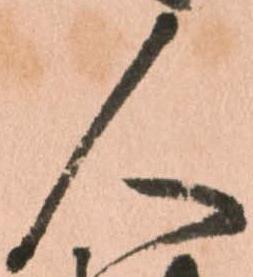
人